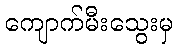
ကျောက်မီးသွေးမှ